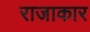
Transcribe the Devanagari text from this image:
राजाकार